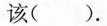
该()。